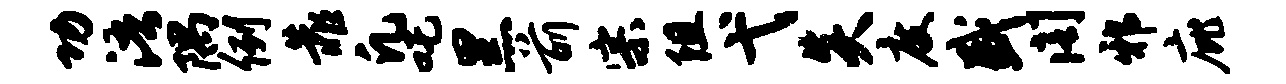
功浯隅例靠凡吒黑前宗阻弋炎度盛阁邪庇